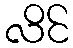
လိင်